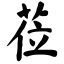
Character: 莅